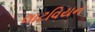
લાટવિયન